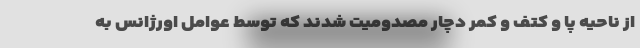
از ناحیه پا و کتف و کمر دچار مصدومیت شدند که توسط عوامل اورژانس به